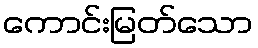
ကောင်းမြတ်သော